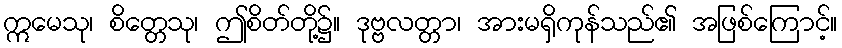
ဣမေသု၊ စိတ္တေသု၊ ဤစိတ်တို့၌။ ဒုဗ္ဗလတ္တာ၊ အားမရှိကုန်သည်၏ အဖြစ်ကြောင့်။